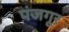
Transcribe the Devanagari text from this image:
पंजगूर